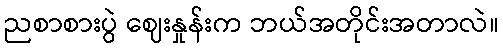
ညစာစားပွဲ ဈေးနှုန်းက ဘယ်အတိုင်းအတာလဲ။